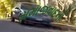
સમાજવાદની